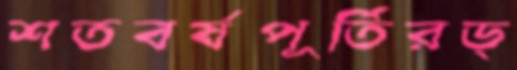
শতবর্ষপূর্তিরড্